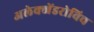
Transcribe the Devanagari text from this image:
अलेक्जेंडरोविच